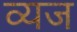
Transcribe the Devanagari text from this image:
व्यज